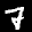
Label: 7